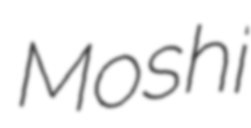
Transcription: Moshi